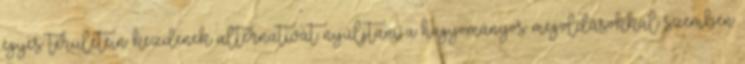
egyes területein kezdenek alternatívát nyúljtani a hagyományos megoldásokkal szemben